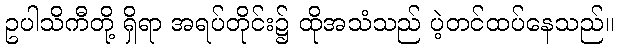
ဥပါသိကီတို့ ရှိရာ အရပ်တိုင်း၌ ထိုအသံသည် ပဲ့တင်ထပ်နေသည်။